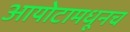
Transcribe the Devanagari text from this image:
आयोटामधूनच